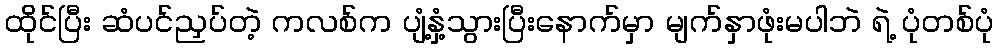
ထိုင်ပြီး ဆံပင်ညှပ်တဲ့ ကလစ်က ပျံ့နှံ့သွားပြီးနောက်မှာ မျက်နှာဖုံးမပါဘဲ ရဲ့ ပုံတစ်ပုံ